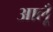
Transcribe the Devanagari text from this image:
आलूँ